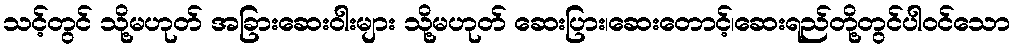
သင့်တွင် သို့မဟုတ် အခြားဆေးဝါးများ သို့မဟုတ် ဆေးပြား၊ဆေးတောင့်၊ဆေးရည်တို့တွင်ပါဝင်သော